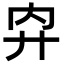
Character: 𢌷